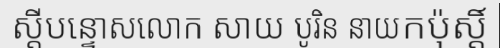
ស្តីបន្ទោសលោក សាយ បូរិន នាយកប៉ុស្តិ៍